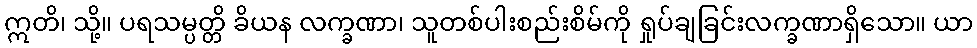
ဣတိ၊ သို့။ ပရသမ္ပတ္တိ ခိယန လက္ခဏာ၊ သူတစ်ပါးစည်းစိမ်ကို ရှုပ်ချခြင်းလက္ခဏာရှိသော။ ယာ